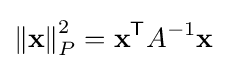
\left\|\mathbf {x} \right\|_{P}^{2}=\mathbf {x} ^{\mathsf {T}}A^{-1}\mathbf {x}